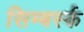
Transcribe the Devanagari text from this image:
सिम्बर्स्क